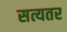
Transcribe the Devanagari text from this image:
सत्यतर